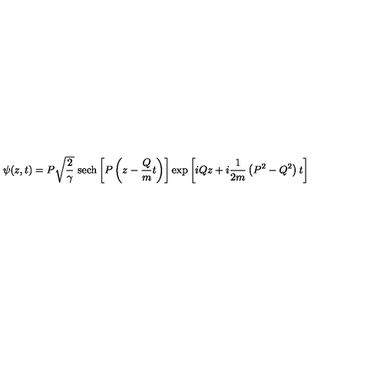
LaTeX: \psi ( z , t ) = P \sqrt { \frac { 2 } { \gamma } } \ \mathrm { s e c h } \left[ P \left( z - \frac { Q } { m } t \right) \right] \exp \left[ i Q z + i \frac { 1 } { 2 m } \left( P ^ { 2 } - Q ^ { 2 } \right) t \right]